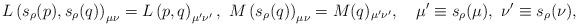
LaTeX: \begin{align*}L\left(s_{\rho}(p),s_{\rho}(q)\right)_{\mu\nu}= L\left(p,q\right)_{\mu^\prime\nu^\prime},\ M\left(s_{\rho}(q)\right)_{\mu\nu}= M(q)_{\mu^\prime\nu^\prime},\quad \mu^\prime\equiv s_{\rho}(\mu), \ \nu^\prime\equiv s_{\rho}(\nu),\end{align*}